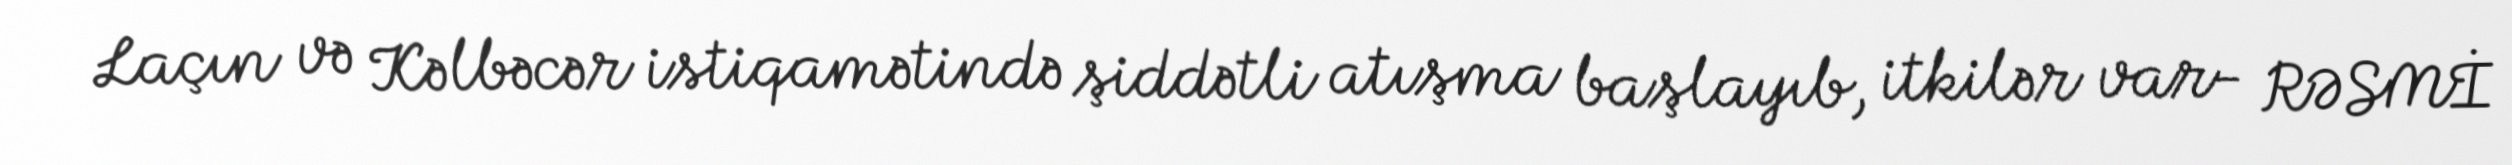
Laçın və Kəlbəcər istiqamətində şiddətli atışma başlayıb, itkilər var- RƏSMİ